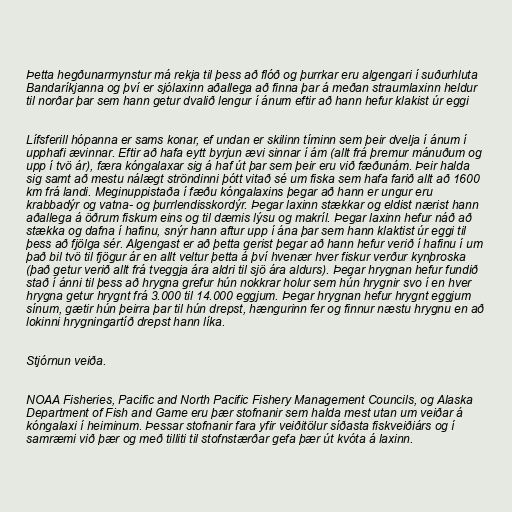
Þetta hegðunarmynstur má rekja til þess að flóð og þurrkar eru algengari í suðurhluta
Bandaríkjanna og því er sjólaxinn aðallega að finna þar á meðan straumlaxinn heldur
til norðar þar sem hann getur dvalið lengur í ánum eftir að hann hefur klakist úr eggi

Lífsferill hópanna er sams konar, ef undan er skilinn tíminn sem þeir dvelja í ánum í
upphafi ævinnar. Eftir að hafa eytt byrjun ævi sinnar í ám (allt frá þremur mánuðum og
upp í tvö ár), færa kóngalaxar sig á haf út þar sem þeir eru við fæðunám. Þeir halda
sig samt að mestu nálægt ströndinni þótt vitað sé um fiska sem hafa farið allt að 1600
km frá landi. Meginuppistaða í fæðu kóngalaxins þegar að hann er ungur eru
krabbadýr og vatna- og þurrlendisskordýr. Þegar laxinn stækkar og eldist nærist hann
aðallega á öðrum fiskum eins og til dæmis lýsu og makríl. Þegar laxinn hefur náð að
stækka og dafna í hafinu, snýr hann aftur upp í ána þar sem hann klaktist úr eggi til
þess að fjölga sér. Algengast er að þetta gerist þegar að hann hefur verið í hafinu í um
það bil tvö til fjögur ár en allt veltur þetta á því hvenær hver fiskur verður kynþroska
(það getur verið allt frá tveggja ára aldri til sjö ára aldurs). Þegar hrygnan hefur fundið
stað í ánni til þess að hrygna grefur hún nokkrar holur sem hún hrygnir svo í en hver
hrygna getur hrygnt frá 3.000 til 14.000 eggjum. Þegar hrygnan hefur hrygnt eggjum
sínum, gætir hún þeirra þar til hún drepst, hængurinn fer og finnur næstu hrygnu en að
lokinni hrygningartíð drepst hann líka.

Stjórnun veiða.

NOAA Fisheries, Pacific and North Pacific Fishery Management Councils, og Alaska
Department of Fish and Game eru þær stofnanir sem halda mest utan um veiðar á
kóngalaxi í heiminum. Þessar stofnanir fara yfir veiðitölur síðasta fiskveiðiárs og í
samræmi við þær og með tilliti til stofnstærðar gefa þær út kvóta á laxinn.